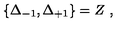
\{ \Delta _ { - 1 } , \Delta _ { + 1 } \} = Z \ ,